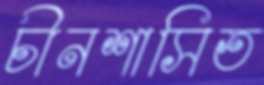
চীনশাসিত